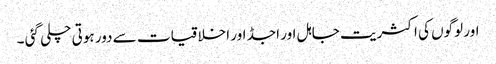
اور لوگوں کی اکثریت جاہل اور اجڈ اور اخلاقیات سے دور ہوتی چلی گئی ۔